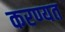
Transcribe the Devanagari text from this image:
करण्यत